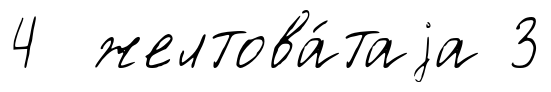
4 желтова́таjа 3